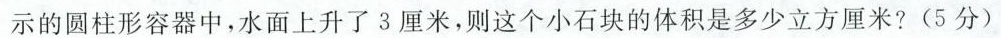
示的圆柱形容器中，水面上升了 3 厘米，则这个小石块的体积是多少立方厘米? (5分)